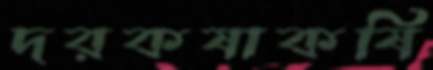
দরকষাকষি